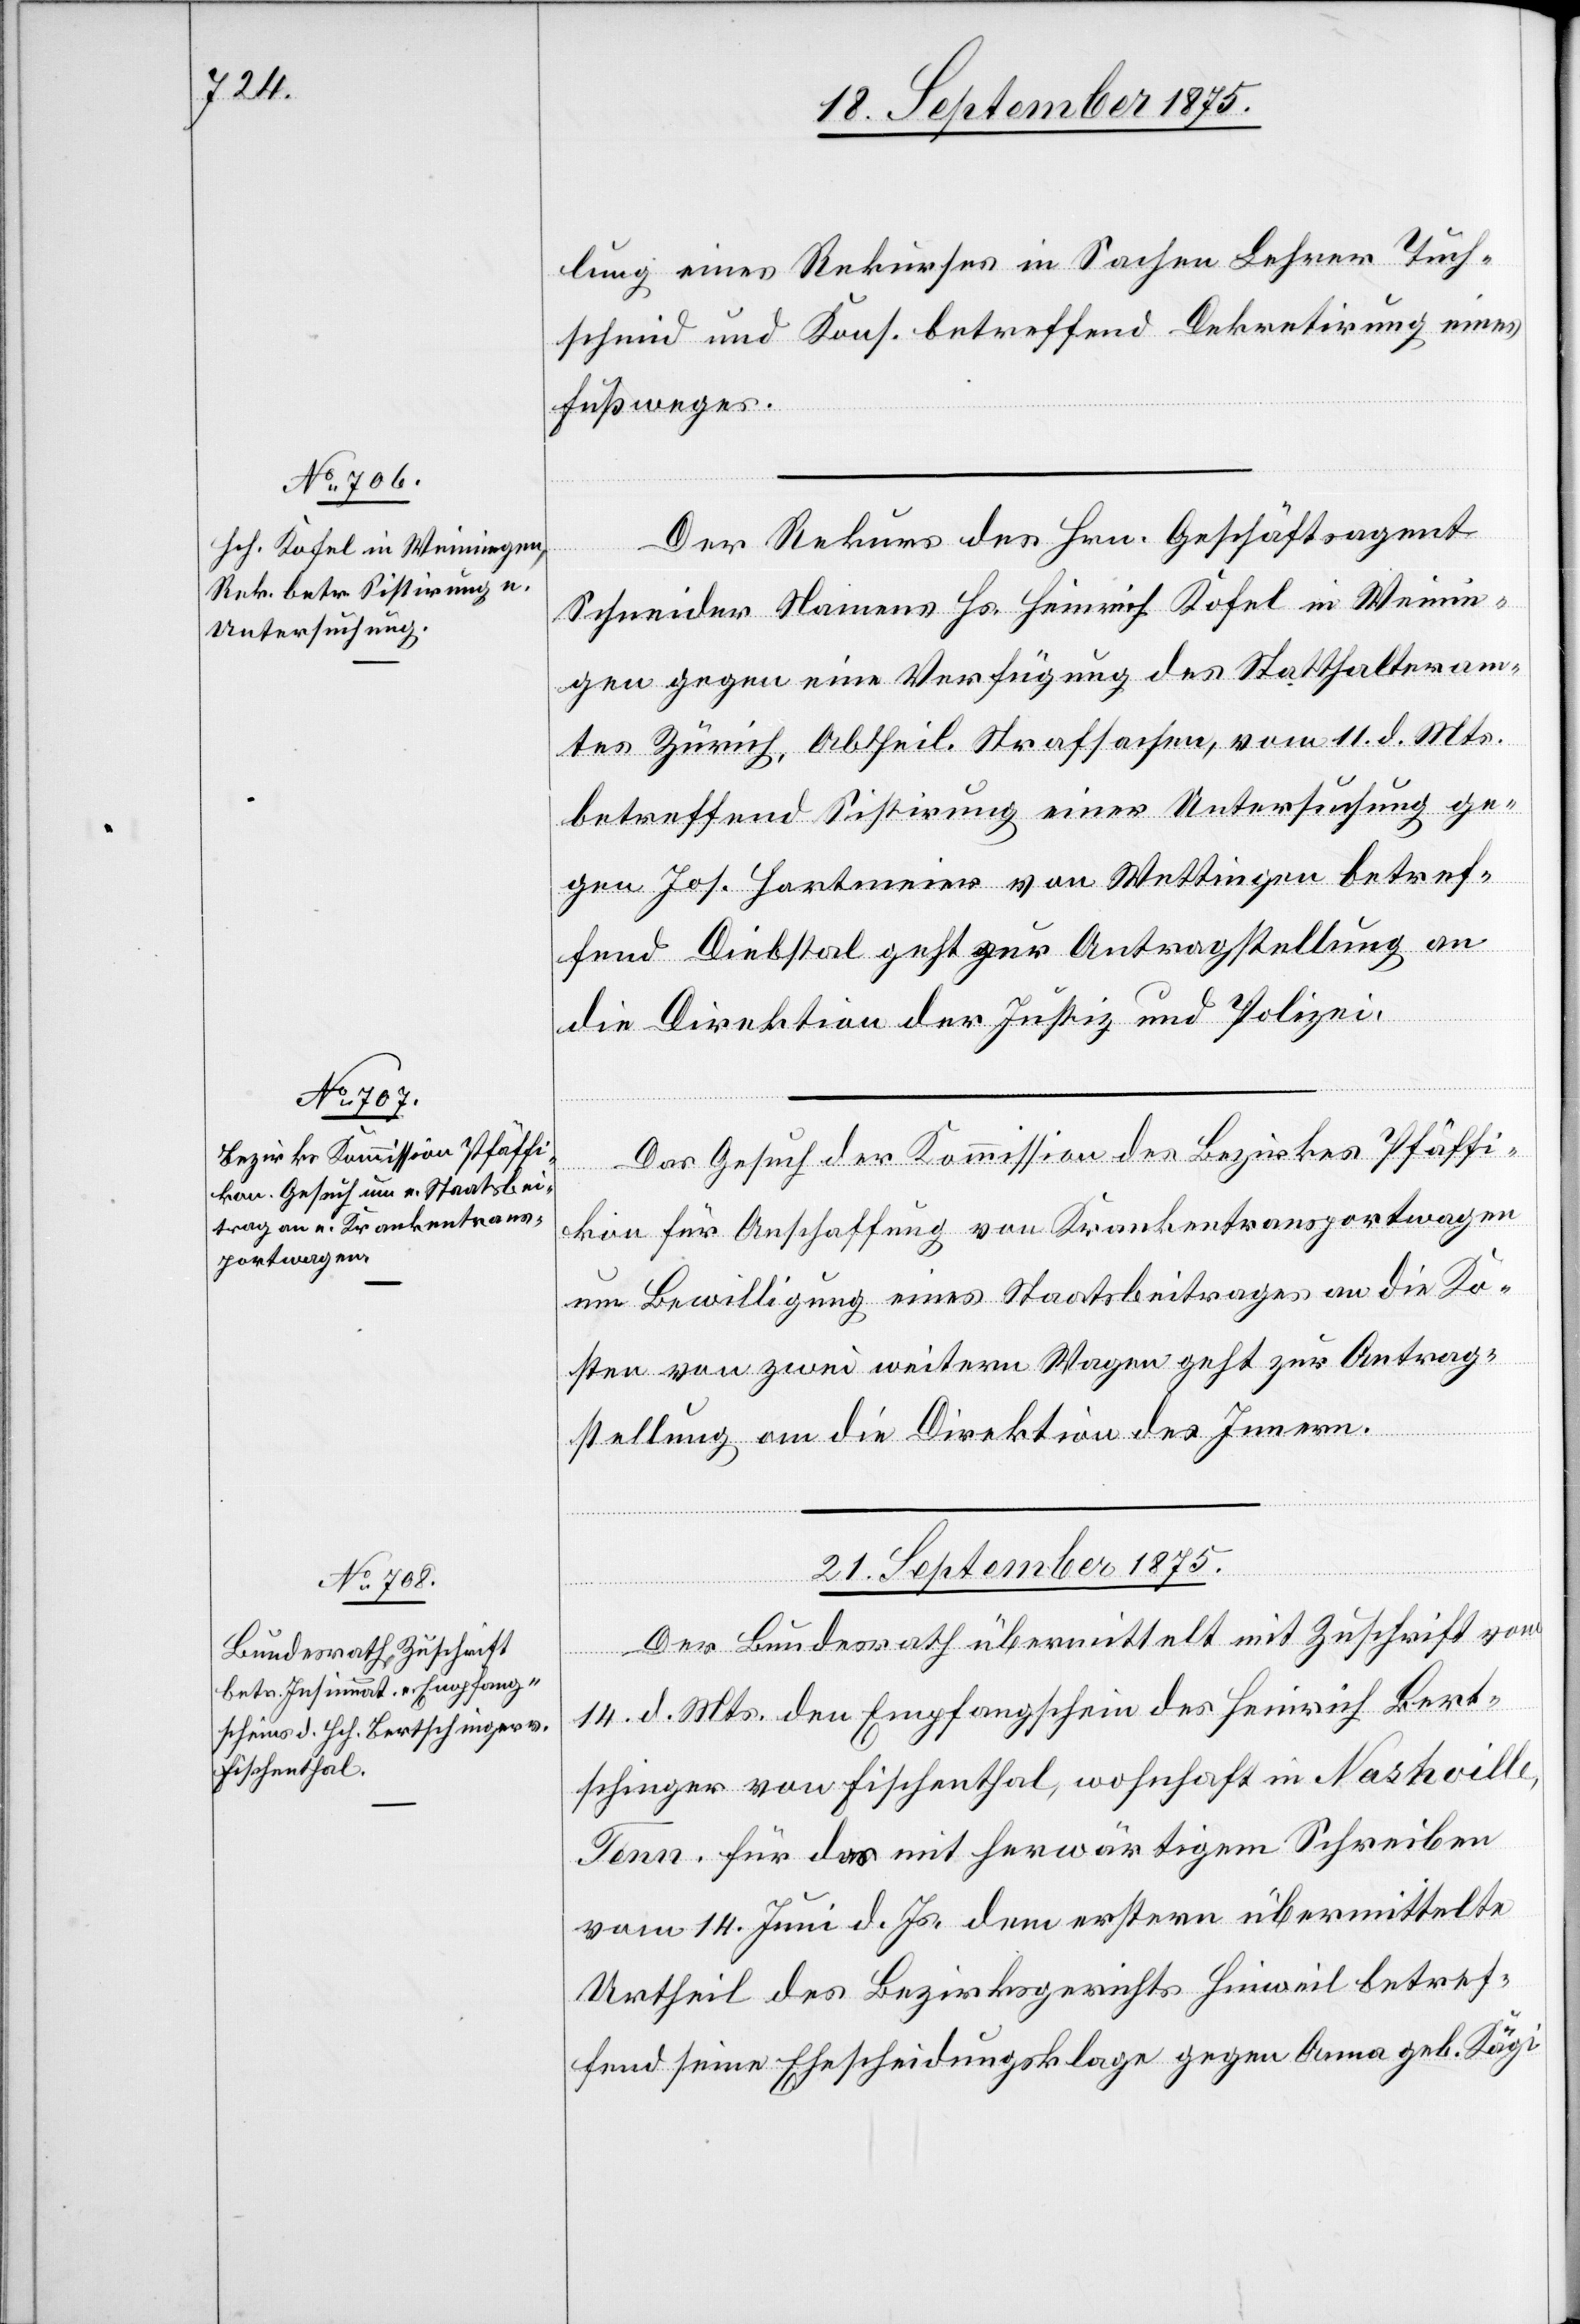
18. September 1875.]
lung eines Rekurses in Sachen Lehrer Tuch¬
schmid und Kons. betreffend Dekretirung eines
Fußweges.
Der Rekurs des Hrn. Geschäftsagent
Schneider Namens Hs. Heinrich Kofel in Weinin¬
gen gegen eine Verfügung des Statthalteram¬
tes Zürich, Abtheil. Strafsachen, vom 11. d. Mts.
betreffend Sistirung einer Untersuchung ge¬
gen Jos. Hartmeier von Wettingen betref¬
fend Diebstal geht zur Antragstellung an
die Direktion der Justiz und Polizei.
Das Gesuch der Kommission des Bezirkes Pfäffi¬
kon für Anschaffung von Krankentransportwagen
um Bewilligung eines Staatsbeitrages an die Ko¬
sten von zwei weitern Wagen geht zur Antrag¬
stellung an die Direktion des Innern.
21. September 1875.
Der Bundesrath übermittelt mit Zuschrift vom
14. d. Mts. den Empfangschein des Heinrich Bert¬
schinger von Fischenthal, wohnhaft in Nashville,
Tenn. für das mit herwärtigem Schreiben
vom 14. Juni d. Js. dem erstern übermittelte
Urtheil des Bezirksgerichts Hinweil betref¬
fend seine Ehescheidungsklage gegen Anna geb. Kägi